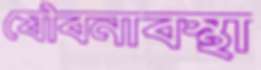
যৌবনাবস্থা